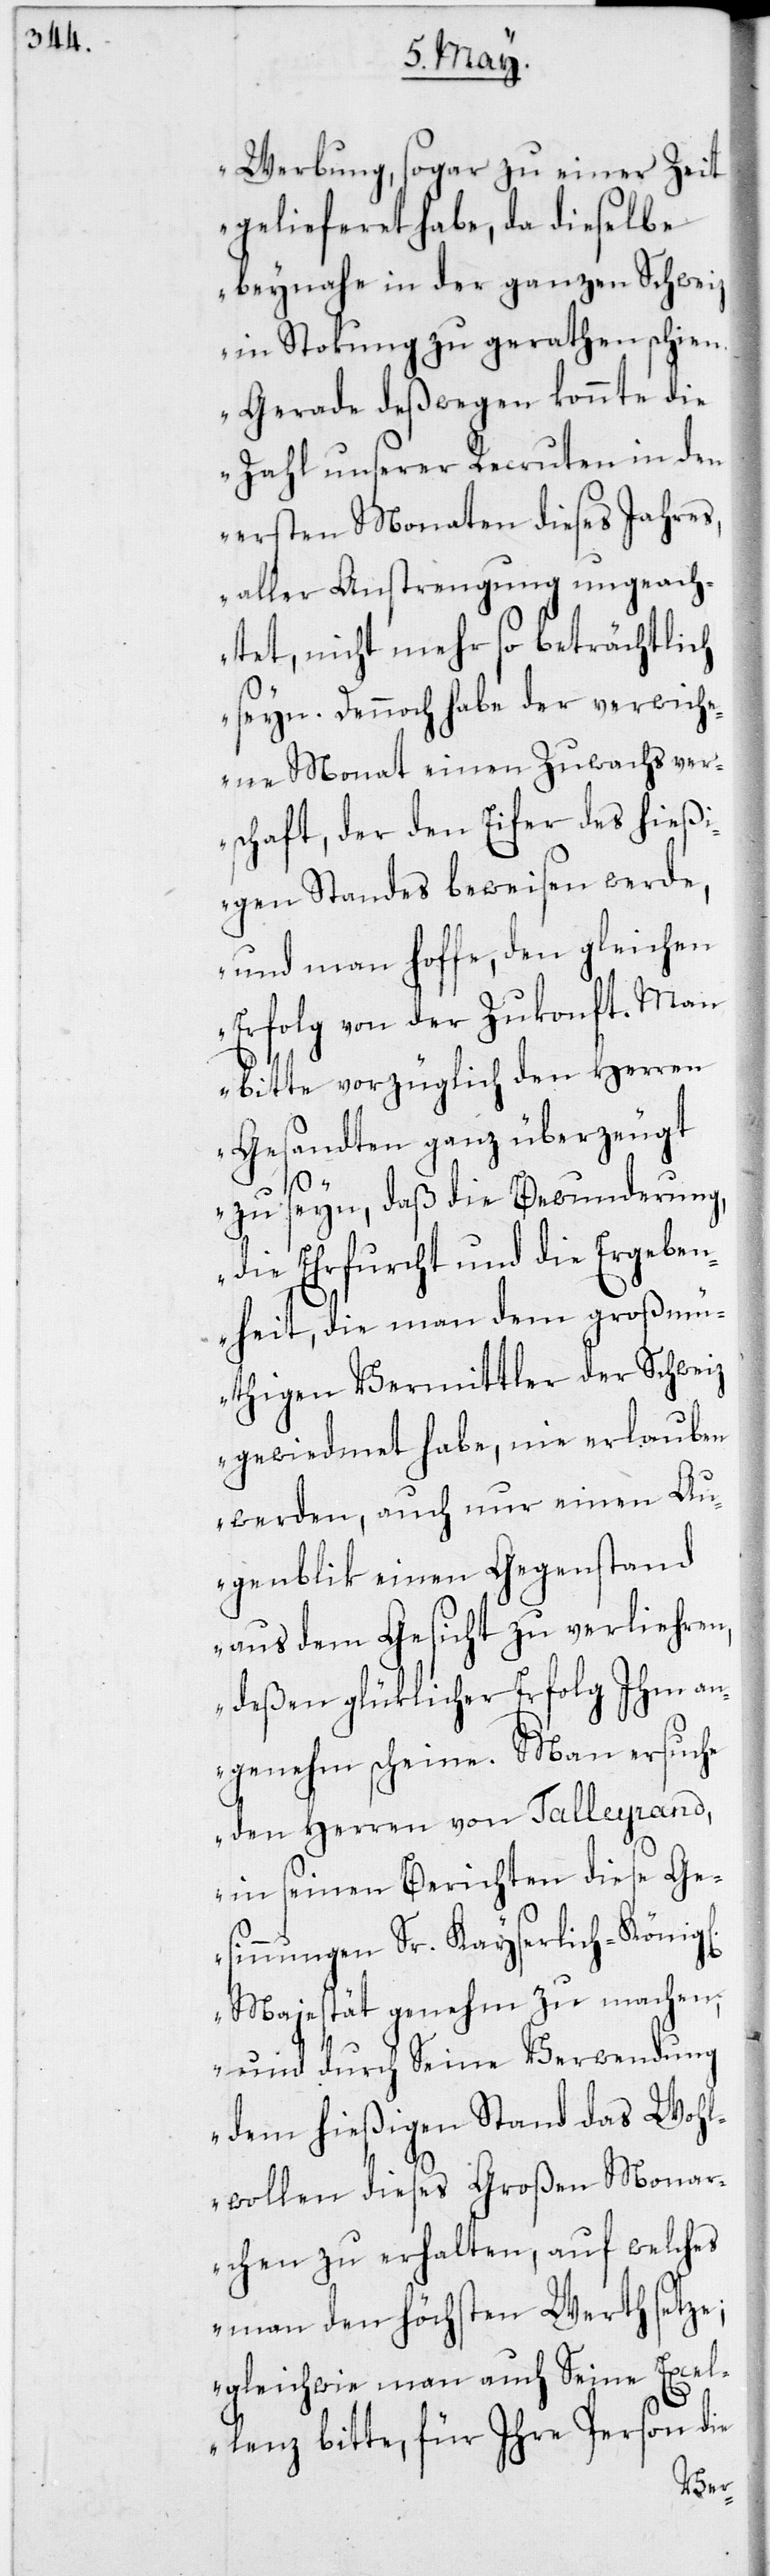
Werbung, sogar zu einer Zeit
gelieferet habe, da dieselbe
beynahe in der ganzen Schweiz
in Stokung zu gerathen schien.
Gerade deßwegen konnte die
Zahl unserer Recruten in den
ersten Monaten dieses Jahres,
aller Anstrengung ungeach¬
tet, nicht mehr so beträchtlich
seyn. Dennoch habe der verwich¬
ene Monat einen Zuwachs ver¬
schafft, der den Eifer des hießi¬
gen Standes beweisen werde,
und man hoffe, den gleichen
Erfolg von der Zukonft. Man
bitte vorzüglich den Herren
Gesandten ganz überzeugt
zu seyn, daß die Bewunderung,
die Ehrfurcht und die Ergeben¬
heit, die man dem großm¬
üthigen Vermittler der Schweiz
gewiedmet habe, nie erlauben
werden, auch nur einen Au¬
genblik einen Gegenstand
aus dem Gesicht zu verliehren,
deßen glüklicher Erfolg Ihm an¬
genehm scheine. Man ersuche
den Herren von Talleyrand,
in seinen Berichten diese Ge¬
sinnungen Sr. Kayserlich-König[l¬
Majestät genehm zu machen;
und durch Seine Verwendung
dem hießigen Stand das Wohl¬
wollen dieses Großen Monar¬
chen zu erhalten, auf welches
man den höchsten Werth setze;
gleichwie man auch Seine Excel¬
lenz bitte, für Ihre Person die
ichen]